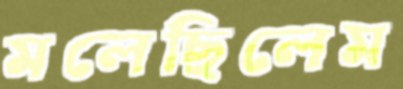
মলেছিলেম